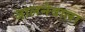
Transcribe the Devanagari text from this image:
जालनेवाला